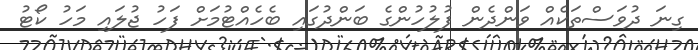
ގިނަ ދުވަސްތަކެއް ވަންދެން ފުލުހުންގެ ބަންދުގައި ބެހެއްޓުމަށް ފަހު ޖުލައި މަހު ކޯޓު